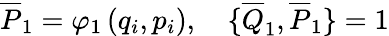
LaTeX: \overline{{{P}}}_{1}=\varphi_{1}\left(q_{i},p_{i}\right),\quad\{ \overline{{{Q}}}_{1},\overline{{{P}}}_{1}\} =1